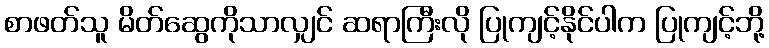
စာဖတ်သူ မိတ်ဆွေကိုသာလျှင် ဆရာကြီးလို ပြုကျင့်နိုင်ပါက ပြုကျင့်ဘို့